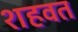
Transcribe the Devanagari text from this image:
शहवत